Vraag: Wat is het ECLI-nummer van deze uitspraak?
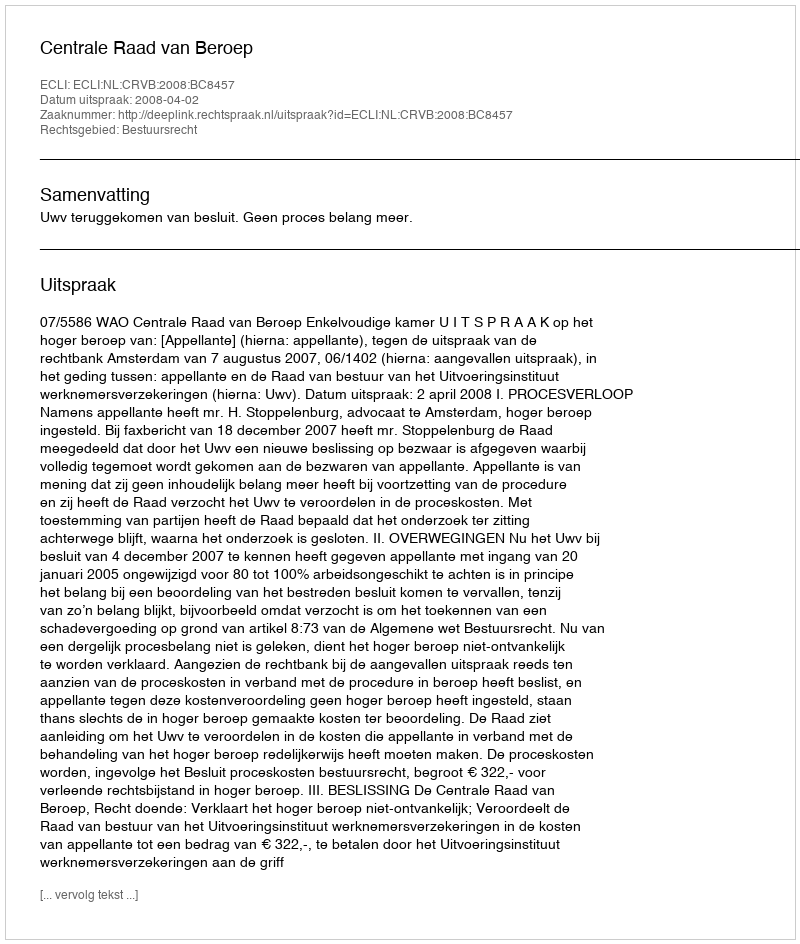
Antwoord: ECLI:NL:CRVB:2008:BC8457